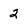
Character: 2